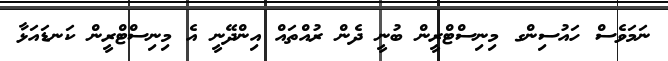
ނަމަވެސް ހައުސިންގ މިނިސްޓްރީން ބުނީ ދެން ރުއްތައް އިންދޭނީ އެ މިނިސްޓްރީން ކަނޑައަޅާ